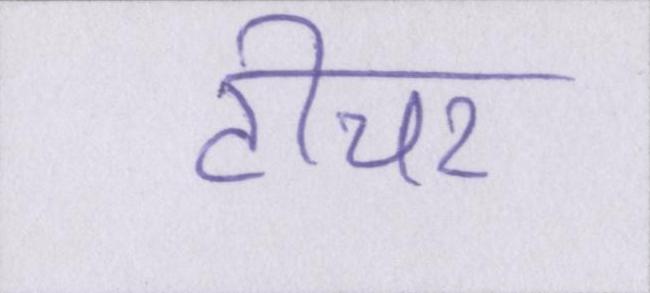
टीचर